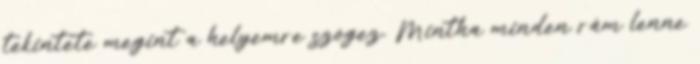
tekintete megint a helyemre szögez. Mintha minden rám lenne